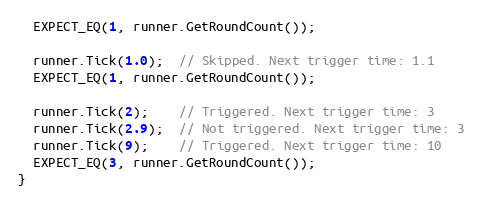
Language: C++
  EXPECT_EQ(1, runner.GetRoundCount());

  runner.Tick(1.0);  // Skipped. Next trigger time: 1.1
  EXPECT_EQ(1, runner.GetRoundCount());

  runner.Tick(2);    // Triggered. Next trigger time: 3
  runner.Tick(2.9);  // Not triggered. Next trigger time: 3
  runner.Tick(9);    // Triggered. Next trigger time: 10
  EXPECT_EQ(3, runner.GetRoundCount());
}